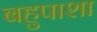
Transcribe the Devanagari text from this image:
बहुपाशा